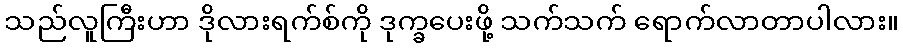
သည်လူကြီးဟာ ဒိုလားရက်စ်ကို ဒုက္ခပေးဖို့ သက်သက် ရောက်လာတာပါလား။